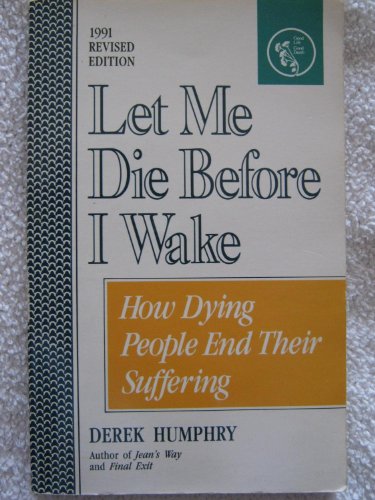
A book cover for Let Me Die Before I Wake: Hemlock's Book of Self-Deliverance for the Dying; Derek Humphry; Medical Books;